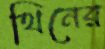
থিনের